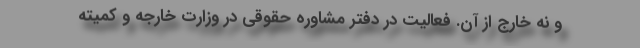
و نه خارج از آن. فعالیت در دفتر مشاوره حقوقی در وزارت خارجه و کمیته